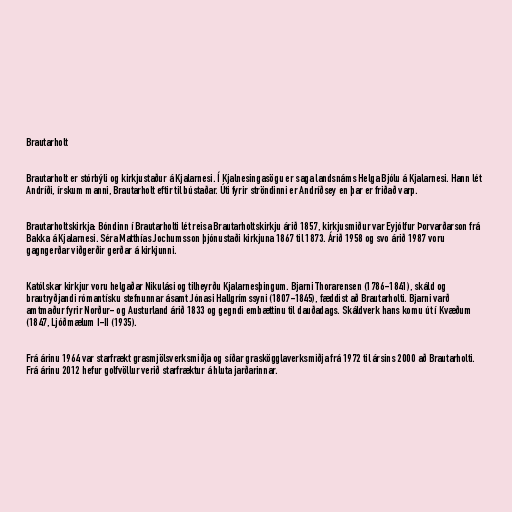
Brautarholt

Brautarholt er stórbýli og kirkjustaður á Kjalarnesi. Í Kjalnesingasögu er saga landsnáms Helga Bjólu á Kjalarnesi. Hann lét
Andríði, írskum manni, Brautarholt eftir til bústaðar. Úti fyrir ströndinni er Andríðsey en þar er friðað varp.

Brautarholtskirkja: Bóndinn í Brautarholti lét reisa Brautarholtskirkju árið 1857, kirkjusmiður var Eyjólfur Þorvarðarson frá
Bakka á Kjalarnesi. Séra Matthías Jochumsson þjónustaði kirkjuna 1867 til 1873. Árið 1958 og svo árið 1987 voru
gagngerðar viðgerðir gerðar á kirkjunni.

Katólskar kirkjur voru helgaðar Nikulási og tilheyrðu Kjalarnesþingum. Bjarni Thorarensen (1786-1841), skáld og
brautryðjandi rómantísku stefnunnar ásamt Jónasi Hallgrímssyni (1807-1845), fæddist að Brautarholti. Bjarni varð
amtmaður fyrir Norður- og Austurland árið 1833 og gegndi embættinu til dauðadags. Skáldverk hans komu út í Kvæðum
(1847, Ljóðmælum I-II (1935).

Frá árinu 1964 var starfrækt grasmjölsverksmiðja og síðar graskögglaverksmiðja frá 1972 til ársins 2000 að Brautarholti.
Frá árinu 2012 hefur golfvöllur verið starfræktur á hluta jarðarinnar.